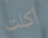
أكلت